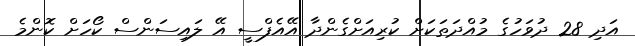
އަދި 28 ދުވަހުގެ މުއްދަތަކަށް ކުރިއަށްގެންދާ އޭއެފްސީ އޭ ލައިސަންސް ކޯހަށް ކޮންމެ